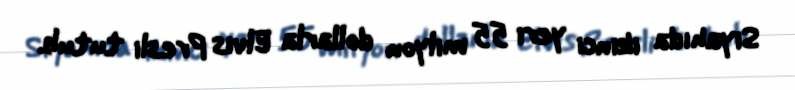
Siyahıda ikinci yeri 55 milyon dollarla Elvis Presli tutub.